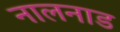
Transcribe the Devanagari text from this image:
नालनाड